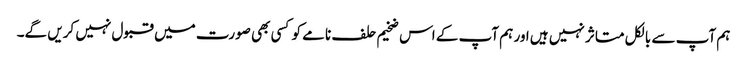
ہم آپ سے بالکل متاثر نہیں ہیں اور ہم آپ کے اس ضخیم حلف نامے کو کسی بھی صورت میں قبول نہیں کریں گے۔